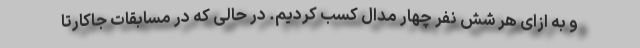
و به ازای هر شش نفر چهار مدال کسب کردیم. در حالی که در مسابقات جاکارتا